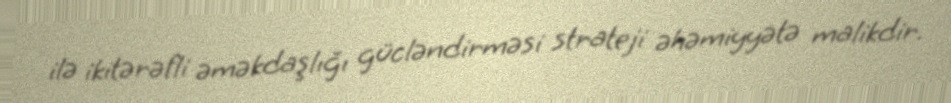
ilə ikitərəfli əməkdaşlığı gücləndirməsi strateji əhəmiyyətə malikdir.